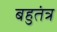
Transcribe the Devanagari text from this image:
बहुतंत्र